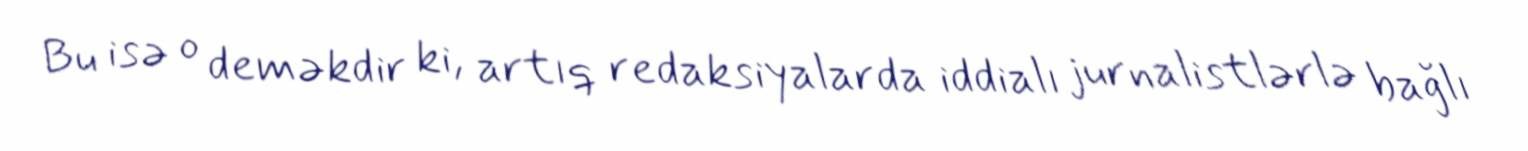
Bu isə o deməkdir ki, artıq redaksiyalarda iddialı jurnalistlərlə bağlı